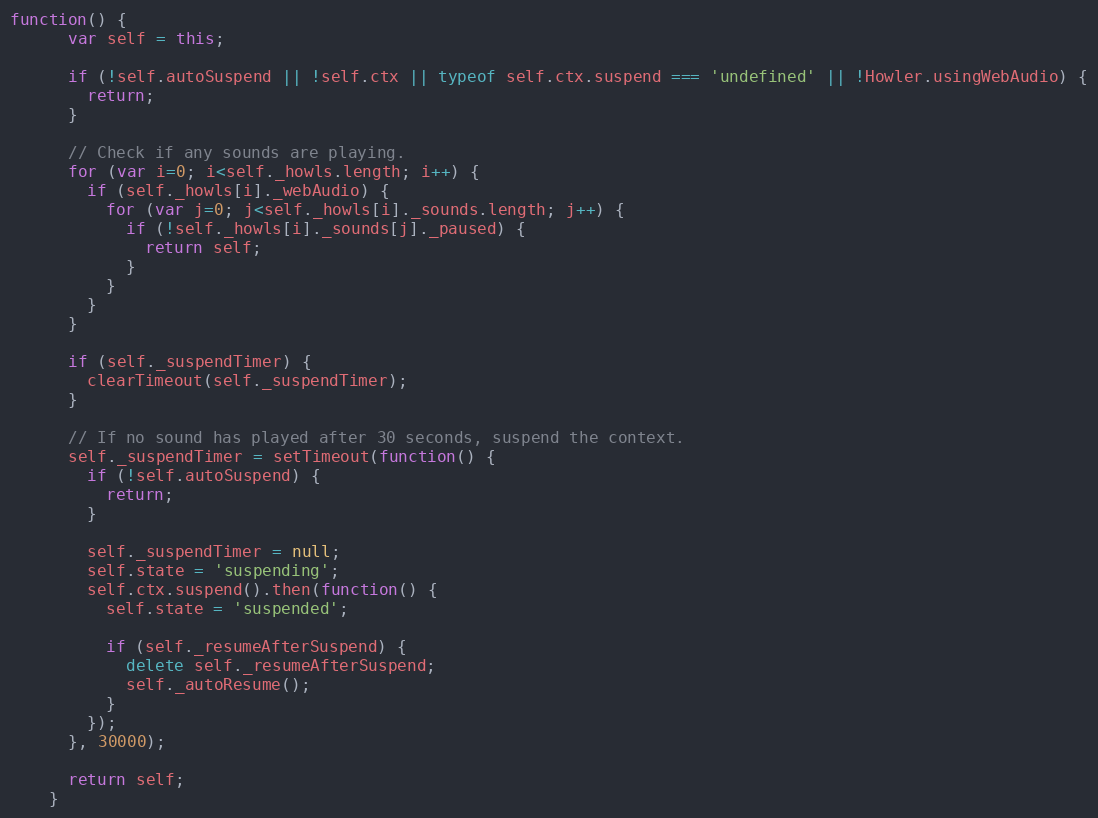
Language: JavaScript
function() {
      var self = this;

      if (!self.autoSuspend || !self.ctx || typeof self.ctx.suspend === 'undefined' || !Howler.usingWebAudio) {
        return;
      }

      // Check if any sounds are playing.
      for (var i=0; i<self._howls.length; i++) {
        if (self._howls[i]._webAudio) {
          for (var j=0; j<self._howls[i]._sounds.length; j++) {
            if (!self._howls[i]._sounds[j]._paused) {
              return self;
            }
          }
        }
      }

      if (self._suspendTimer) {
        clearTimeout(self._suspendTimer);
      }

      // If no sound has played after 30 seconds, suspend the context.
      self._suspendTimer = setTimeout(function() {
        if (!self.autoSuspend) {
          return;
        }

        self._suspendTimer = null;
        self.state = 'suspending';
        self.ctx.suspend().then(function() {
          self.state = 'suspended';

          if (self._resumeAfterSuspend) {
            delete self._resumeAfterSuspend;
            self._autoResume();
          }
        });
      }, 30000);

      return self;
    }